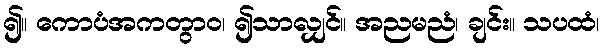
၍။ ကောပံအကတွာဝ၊ ၍သာလျှင်။ အညမညံ၊ ချင်း။ သပထံ၊